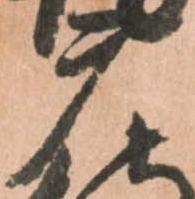
广